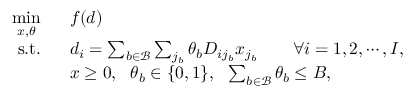
\begin{array} { r l } { \underset { x , \theta } { \operatorname* { m i n } } \ \ } & { f ( d ) } \\ { \mathrm { s . t . } \ \ } & { d _ { i } = \sum _ { b \in \mathcal { B } } \sum _ { j _ { b } } \theta _ { b } D _ { i j _ { b } } x _ { j _ { b } } \quad \quad \forall i = 1 , 2 , \cdots , I , } \\ & { x \geq 0 , \ \ \theta _ { b } \in \{ 0 , 1 \} , \ \ \sum _ { b \in \mathcal { B } } \theta _ { b } \leq B , } \end{array}